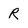
Character: R